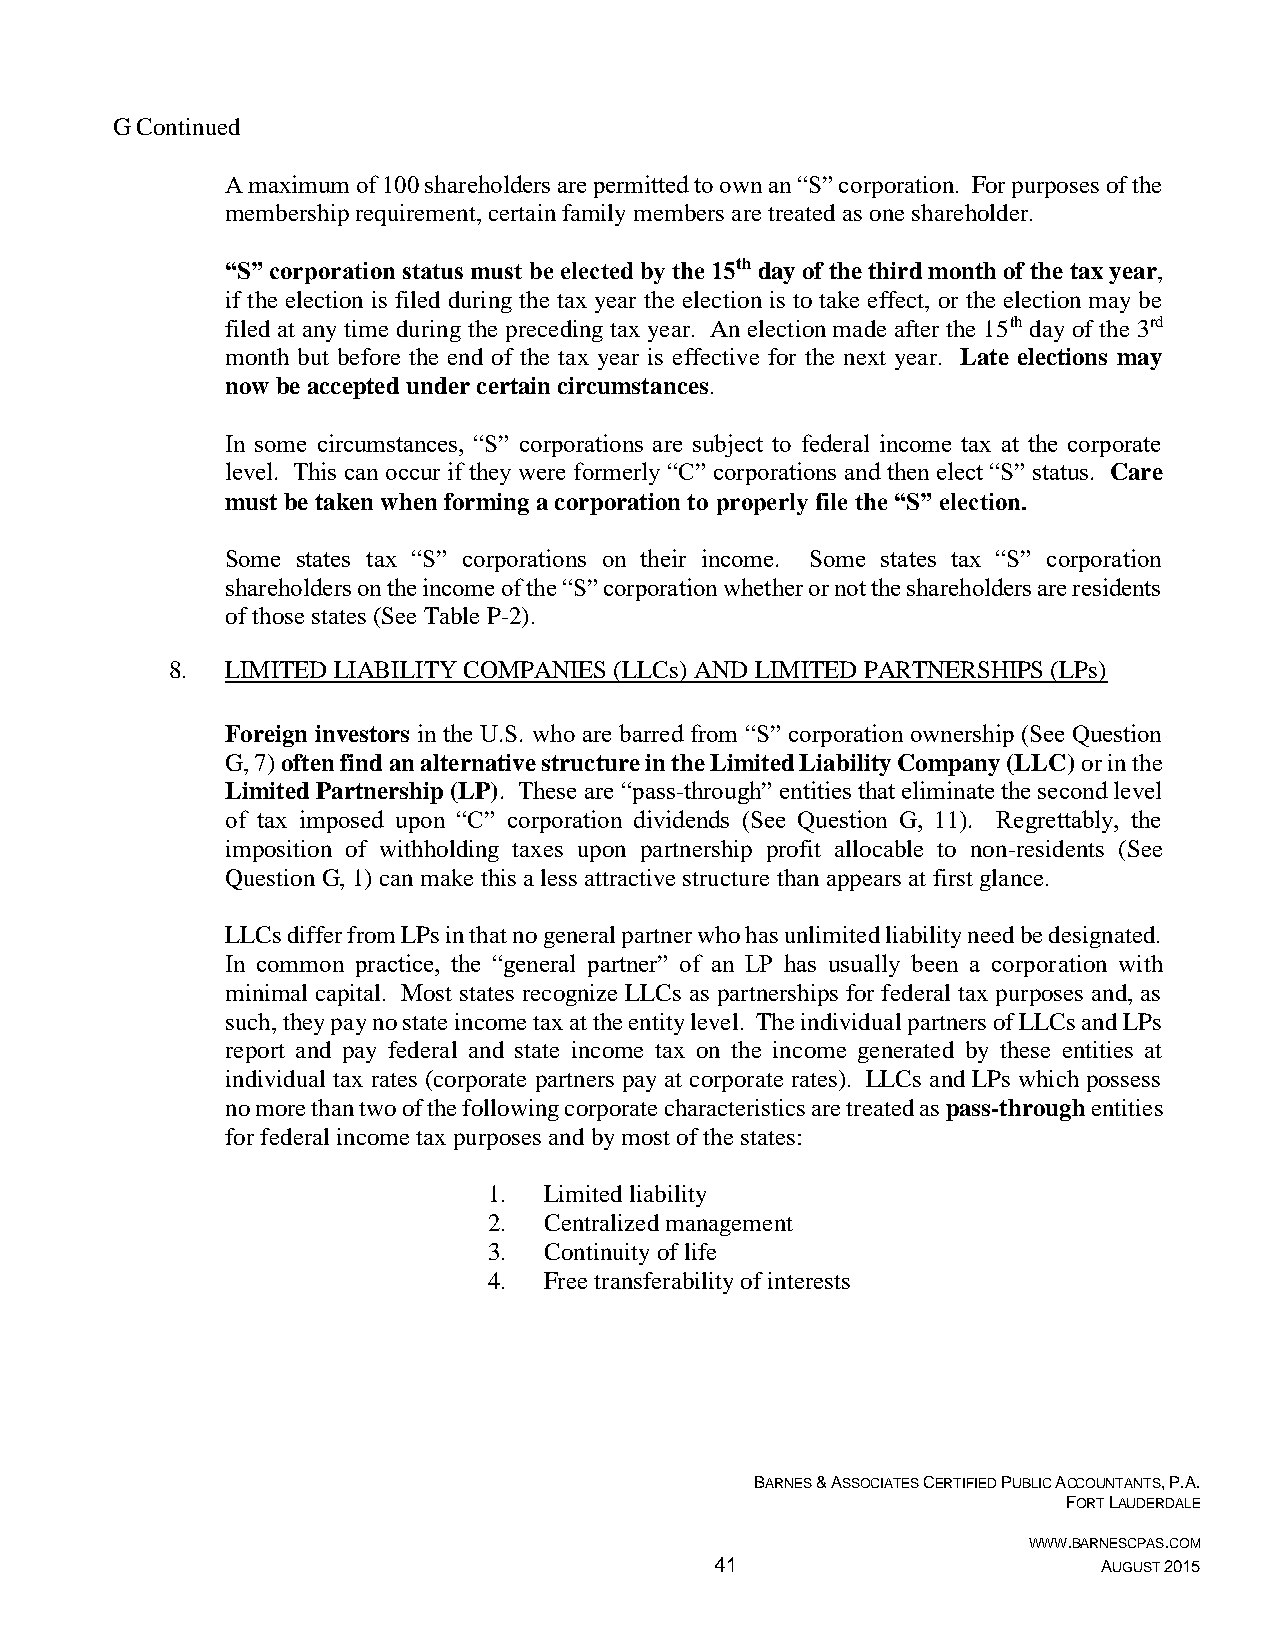
G Continued
 A maximum of 100 shareholders are permitted to own an “S” corporation. For purposes of the
 membership requirement, certain family members are treated as one shareholder.
 “S” corporation status must be elected by the 15th day of the third month of the tax year,
 if the election is filed during the tax year the election is to take effect, or the election may be
 filed at any time during the preceding tax year. An election made after the 15th day of the 3rd
 month but before the end of the tax year is effective for the next year. Late elections may
 now be accepted under certain circumstances.
 In some circumstances, “S” corporations are subject to federal income tax at the corporate
 level. This can occur if they were formerly “C” corporations and then elect “S” status. Care
 must be taken when forming a corporation to properly file the “S” election.
 Some states tax “S” corporations on their income. Some states tax “S” corporation
 shareholders on the income of the “S” corporation whether or not the shareholders are residents
 of those states (See Table P-2).
 8.  LIMITED LIABILITY COMPANIES (LLCs) AND LIMITED PARTNERSHIPS (LPs)
 Foreign investors in the U.S. who are barred from “S” corporation ownership (See Question
 G, 7) often find an alternative structure in the Limited Liability Company (LLC) or in the
 Limited Partnership (LP). These are “pass-through” entities that eliminate the second level
 of tax imposed upon “C” corporation dividends (See Question G, 11). Regrettably, the
 imposition of withholding taxes upon partnership profit allocable to non-residents (See
 Question G, 1) can make this a less attractive structure than appears at first glance.
 LLCs differ from LPs in that no general partner who has unlimited liability need be designated.
 In common practice, the “general partner” of an LP has usually been a corporation with
 minimal capital. Most states recognize LLCs as partnerships for federal tax purposes and, as
 such, they pay no state income tax at the entity level. The individual partners of LLCs and LPs
 report and pay federal and state income tax on the income generated by these entities at
 individual tax rates (corporate partners pay at corporate rates). LLCs and LPs which possess
 no more than two of the following corporate characteristics are treated as pass-through entities
 for federal income tax purposes and by most of the states:
 1.  Limited liability
 2.  Centralized management
 3.  Continuity of life
 4.  Free transferability of interests
 BARNES & ASSOCIATES CERTIFIED PUBLIC ACCOUNTANTS, P.A.
 FORT LAUDERDALE
 WWW.BARNESCPAS.COM
 41                        AUGUST 2015